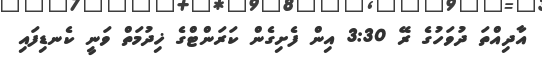
އާދިއްތަ ދުވަހުގެ ރޭ 3:30 އިން ފެށިގެން ކަރަންޓްގެ ޚިދުމަތް ވަނީ ކެނޑިފައި